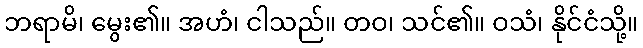
ဘရာမိ၊ မွေး၏။ အဟံ၊ ငါသည်။ တဝ၊ သင်၏။ ဝသံ၊ နိုင်ငံသို့။